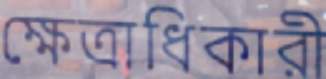
ক্ষেত্রাধিকারী